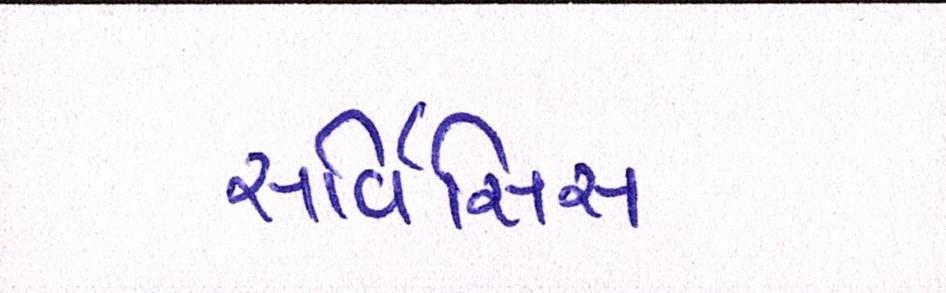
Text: સર્વિસિસ